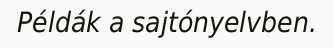
Példák a sajtónyelvben.